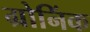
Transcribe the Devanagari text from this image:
ग्रोनिंक